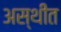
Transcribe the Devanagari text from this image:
अस्थींत